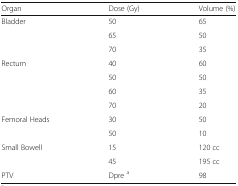
<table><thead><tr><td><b>Organ</b></td><td><b>Dose (Gy)</b></td><td><b>Volume (%)</b></td></tr></thead><tbody><tr><td rowspan="3">Bladder</td><td>50</td><td>65</td></tr><tr><td>65</td><td>50</td></tr><tr><td>70</td><td>35</td></tr><tr><td rowspan="4">Rectum</td><td>40</td><td>60</td></tr><tr><td>50</td><td>50</td></tr><tr><td>60</td><td>35</td></tr><tr><td>70</td><td>20</td></tr><tr><td rowspan="2">Femoral Heads</td><td>30</td><td>50</td></tr><tr><td>50</td><td>10</td></tr><tr><td rowspan="2">Small Bowell</td><td>15</td><td>120 cc</td></tr><tr><td>45</td><td>195 cc</td></tr><tr><td>PTV</td><td>Dpre <sup>a</sup></td><td>98</td></tr></tbody></table>